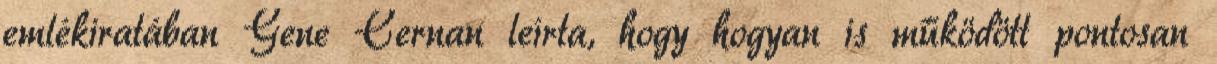
emlékiratában Gene Cernan leírta, hogy hogyan is működött pontosan